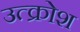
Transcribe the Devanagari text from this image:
उत्क्रोश